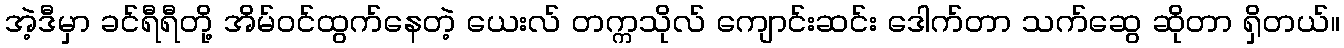
အဲ့ဒီမှာ ခင်ရီရီတို့ အိမ်ဝင်ထွက်နေတဲ့ ယေးလ် တက္ကသိုလ် ကျောင်းဆင်း ဒေါက်တာ သက်ဆွေ ဆိုတာ ရှိတယ်။